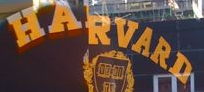
HARVARD